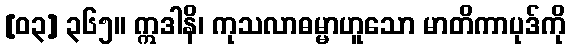
[၀၃] ၃၆၅။ ဣဒါနိ၊ ကုသလာဓမ္မာဟူသော မာတိကာပုဒ်ကို